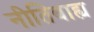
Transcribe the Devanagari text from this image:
नीतिबाह्य